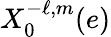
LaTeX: X_{0}^{-\ell,m}(e)